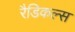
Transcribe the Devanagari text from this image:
रैडिकल्स